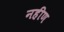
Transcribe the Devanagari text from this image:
नहीण